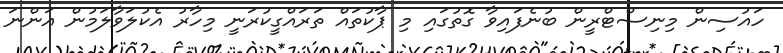
ހައުސިން މިނިސްޓްރީން ބުނެފައިވާ ގޮތުގައި މި ޕާކުތައް ތަރައްގީކުރަނީ މިހާރު އެކުލަވާލަމުން އަންނަ